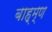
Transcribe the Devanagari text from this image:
बाह्म्ण